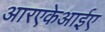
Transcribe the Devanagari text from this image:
आरएकेआईए